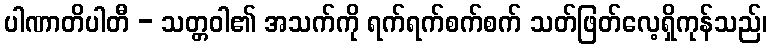
ပါဏာတိပါတီ - သတ္တဝါ၏ အသက်ကို ရက်ရက်စက်စက် သတ်ဖြတ်လေ့ရှိကုန်သည်၊